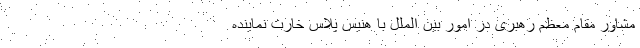
مشاور مقام معظم رهبری در امور بین الملل با هنیس پلاس خارت نماینده